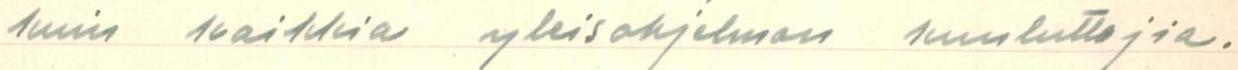
kuin kaikkia yleisohjelman kuuluttajia.